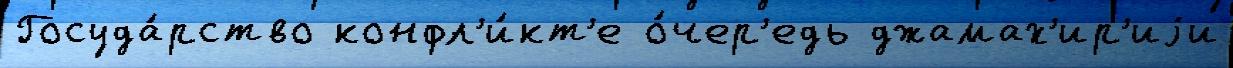
Госуда́рство конфл'и́кт'е о́чер'едь джамах'ир'иjи